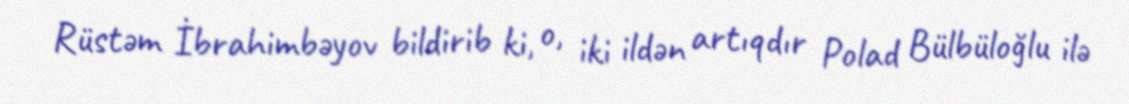
Rüstəm İbrahimbəyov bildirib ki, o, iki ildən artıqdır Polad Bülbüloğlu ilə